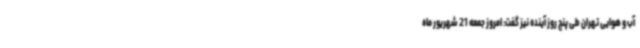
آب و هوایی تهران طی پنج روز آینده نیز گفت: امروز جمعه 21 شهریور ماه